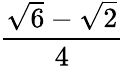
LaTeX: \frac{{\sqrt{6}}-{\sqrt{2}}}{4}